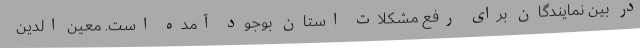
در بین نمایندگان برای رفع مشکلات استان بوجود آمده است. معین الدین